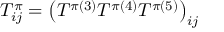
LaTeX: T _ { i j } ^ { \pi } = \left( T ^ { \pi ( 3 ) } T ^ { \pi ( 4 ) } T ^ { \pi ( 5 ) } \right) _ { i j }